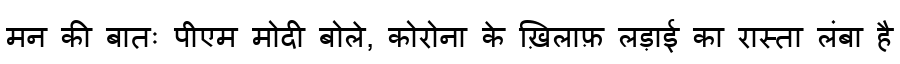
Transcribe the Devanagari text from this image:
मन की बातः पीएम मोदी बोले, कोरोना के ख़िलाफ़ लड़ाई का रास्ता लंबा है